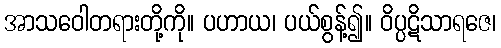
အာသဝေါတရားတို့ကို။ ပဟာယ၊ ပယ်စွန့်၍။ ဝိပ္ပဋိသာရဇေ၊